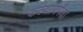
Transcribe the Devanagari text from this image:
कल्याणपेक्षा